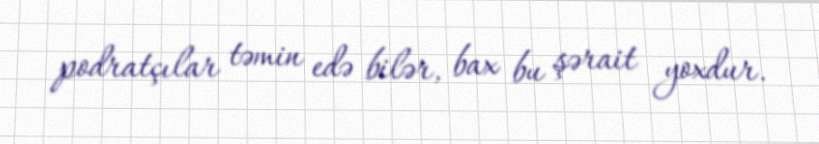
podratçılar təmin edə bilər, bax bu şərait yoxdur.